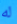
له